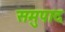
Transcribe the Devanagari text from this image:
समुपाद